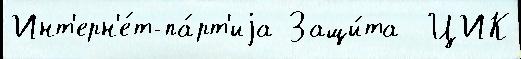
Инт'ерн'е́т-па́рт'иjа Защи́та  ЦИК